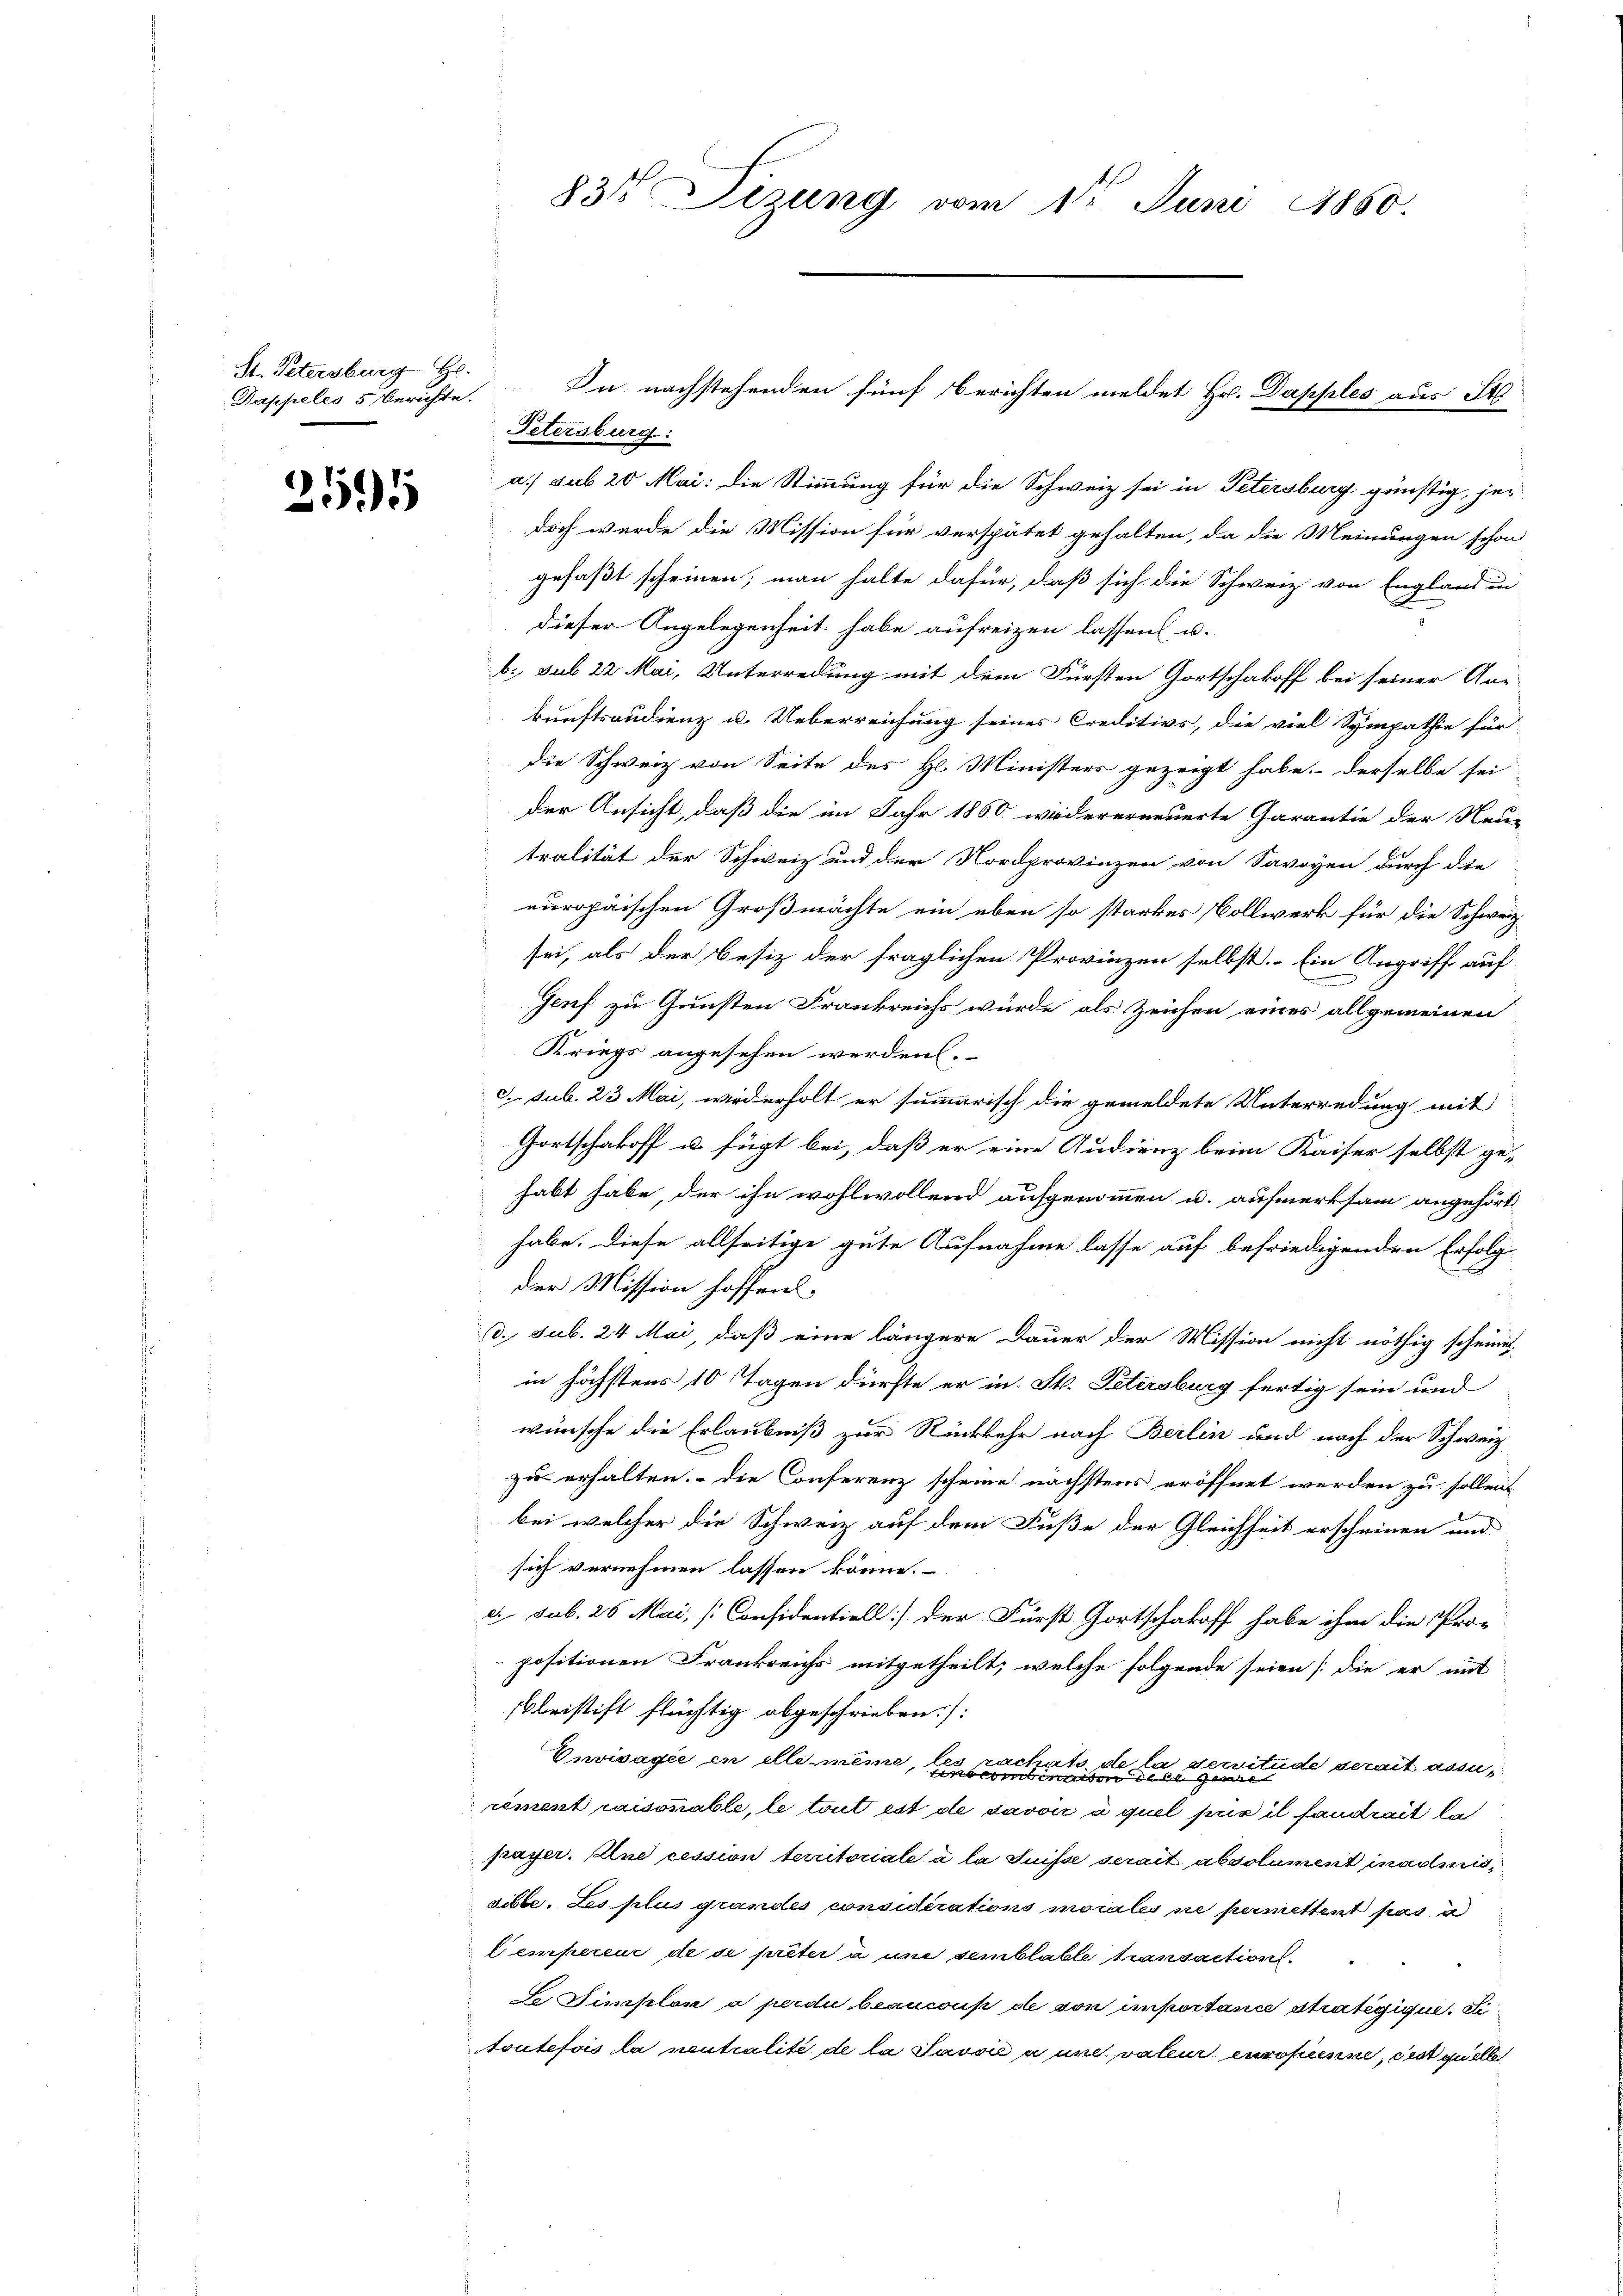
St. Petersburg Hl.
Dappelés 5 berichte.

2595

83t Sizung vom 1ten Juni 1850.

Petersburg:
a.) sub 20 Mai: die Stimmung für die Schweiz sei in Petersburg, günstig, jer
doch wurde die Mission für verspätet gehalten, da die Meinungen schon
gefaßt scheinen; man halte dafür, daß sich die Schweiz von England in
dieser Angelegenheit habe aufreizen lassen u.
b. sub 22 Mai, Unterredung mit dem Fürsten Gortschakoff bei seiner An-
kunftsaudienz u. Ueberreichung seines Creditivs, die viel Sympathie für
die Schweiz von Seite des Hl. Ministers gezeigt habe. Derselbe sei
der Ansicht, daß die im Jahr 1860 wiedererneuerte Garantie der Neue
tralität der Schweiz und der Nordprovinzen von Savoyen durch die
europäischen Großmächte ein eben so starkes Vollwerk für die Schweiz
sei, als der Besiz der fraglichen Provinzen selbst. Ein Angriff auf
Genf zu Gunsten Frankreichs wurde als Zeichen eines allgemeinen
Kriegs angesehen werden.
c. sub. 23 Mai, widerholt er summarisch die gemeldete Unterredung mit
Gortschakoff u. fügt bei, daß er eine Audienz beim Kaiser selbst ge-
habt habe, der ihn wohlwollend aufgenommen u. aufmerksam angehört
habe. Diese allseitige gute Aufnahme lasse auf befriedigenden Erfolg
der Mission hoffen.
d., sub. 24 Mai, daß eine längere Dauer der Mission nicht nöthig scheine
in höchstens 10 Tagen dürfte er in St. Petersburg fertig sein und
wünsche die Erlaubniß zur Rückkehr nach Berlin und nach der Schweiz
zu erhalten. – Die Conferenz scheine nächstens eröffnet werden zu sollent
bei welcher die Schweiz auf dem Fuße der Gleichheit erscheinen und
sich vernehmen lassen könne.
c. sub. 26 Mai, [Considentiell der Fürst Gortschakoff habe ihm die Pro-
positionen Frankreichs mitgetheilt, welche folgende seien [die er mit
beistift flüchtig abgeschrieben.):
Envisagie in elle même, les rachats de la daritude verait assurement raisonable, le tout est de savoir à quel puis il fandrait la
payer. Une cession territoriale à la Suisse serait absolument inadmis
sible. Les plus grandes considications morales ne permettent pas a
Cempereue, de se prêter à une semblable transaction.
Se Simplon a perdu beancoup de von importance stratigique. Si
toutefois la neutralité de la Savoie à une valeur europenne, dest quelle

Dn nachstehenden fünf berichten meldet Hr. Dapples aus St